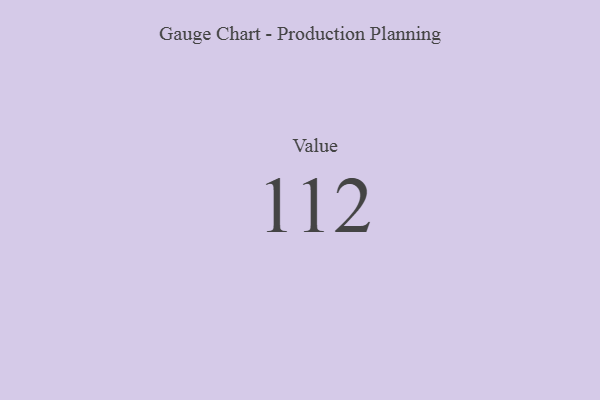
{"axis": {"x": "Metric", "y": "Value"}, "legend": [""], "data": [{"x": "Value", "y": 112, "type": ""}]}